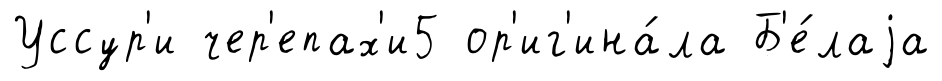
Уссур'и чер'епах'и5 ор'иг'ина́ла Б'е́лаjа